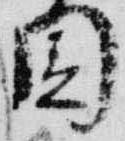
園